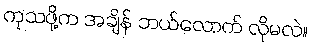
ကုသဖို့က အချိန် ဘယ်လောက် လိုမလဲ။